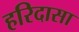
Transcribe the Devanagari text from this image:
हरिदासा